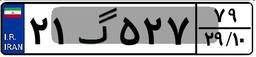
۲۱گ۵۲۷۷۹